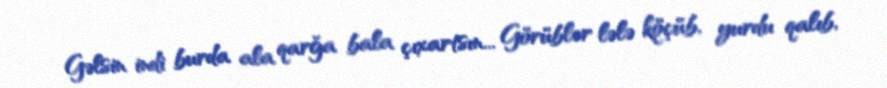
Gəlsin indi burda ala qarğa bala çıxartsın... Görüblər lələ köçüb, yurdu qalıb,